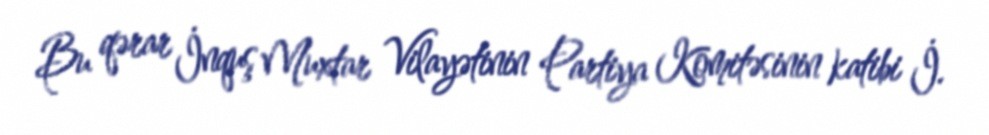
Bu qərar İnquş Muxtar Vilayətinin Partiya Komitəsinin katibi İ.